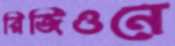
রিজিওনে